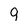
Character: 9